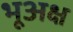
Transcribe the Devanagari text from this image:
भूअक्ष